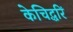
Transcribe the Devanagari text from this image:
केचिद्धरिं